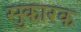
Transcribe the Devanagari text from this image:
सुकारक